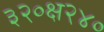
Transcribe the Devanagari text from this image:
३२०क्ष२४०